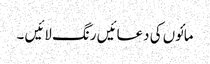
مائوں کی دعائیں رنگ لائیں ۔